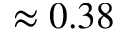
\approx 0 . 3 8